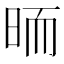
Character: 𣆝